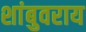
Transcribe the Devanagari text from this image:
शांबुवराय